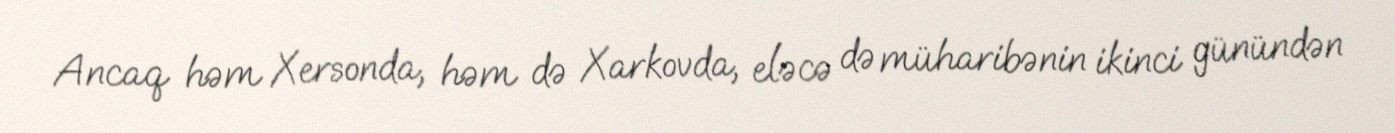
Ancaq həm Xersonda, həm də Xarkovda, eləcə də müharibənin ikinci günündən